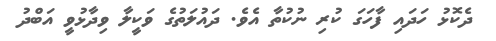
ދެކޮޅު ހަދައި ފާހަގަ ކުރި ނުކުތާ އެވެ. ދައުލަތުގެ ވަކީލާ ވިދާޅުވީ އަބްދު